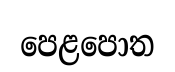
පෙළපොත